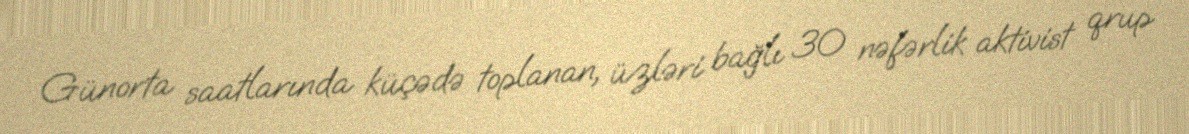
Günorta saatlarında küçədə toplanan, üzləri bağlı 30 nəfərlik aktivist qrup